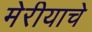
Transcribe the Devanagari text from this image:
मेरीयाचे